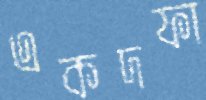
একদফা